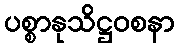
ပစ္စာနုသိဋ္ဌဝစနာ